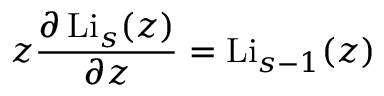
z { \frac { \partial \operatorname { L i } _ { s } ( z ) } { \partial z } } = \operatorname { L i } _ { s - 1 } ( z )